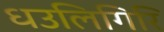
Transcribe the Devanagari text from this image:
धउलिगिरि